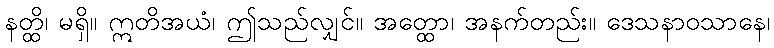
နတ္ထိ၊ မရှိ။ ဣတိအယံ၊ ဤသည်လျှင်။ အတ္ထော၊ အနက်တည်း။ ဒေသနာဝသာနေ၊